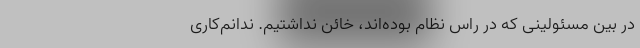
در بین مسئولینی که در راس نظام بوده‌اند، خائن نداشتیم. ندانم‌کاری